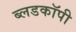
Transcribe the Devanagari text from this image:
ब्लडकॉपी